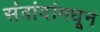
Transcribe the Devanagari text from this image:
संवांदांमधून